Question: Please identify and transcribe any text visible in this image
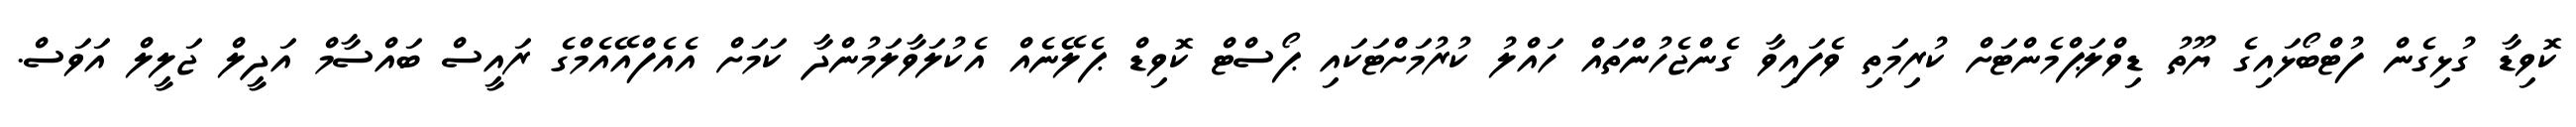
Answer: ކޮވިޑާ ގުޅިގެން ފުޓްބޯޅައިގެ ޔޫތު ޑިވްލަޕްމެންޓަށް ކުރިމަތި ވެފައިވާ ގެންޖެހުންތައް ހައްލު ކުރުމަށްޓަކައި ޕޯސްޓް ކޮވިޑް ޕެލޭނެއް އެކުލަވާލަމުންދާ ކަމަށް އެއެފްއޭއެމްގެ ރައީސް ބައްސާމް އަދީލް ޖަލީލް އަވަސް.